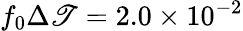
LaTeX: f_{0}\Delta\mathscr{T}=2.0\times10^{-2}